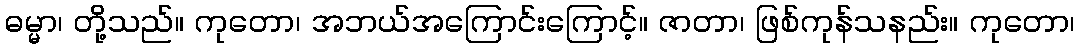
ဓမ္မာ၊ တို့သည်။ ကုတော၊ အဘယ်အကြောင်းကြောင့်။ ဇာတာ၊ ဖြစ်ကုန်သနည်း။ ကုတော၊